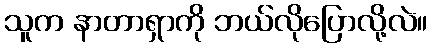
သူက နာတာရှာကို ဘယ်လိုပြောလို့လဲ။